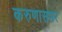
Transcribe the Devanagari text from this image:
करुणासभर